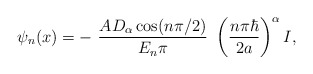
\begin{align*}\psi_{n}(x)=-\ \frac{AD_{\alpha}\cos(n\pi/2)}{E_{n}\pi}\ \left( \frac{n\pi\hbar}{2a}\right) ^{\alpha}I,\end{align*}